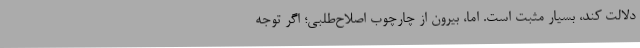
دلالت کند، بسیار مثبت است. اما، بیرون از چارچوب اصلاح‌طلبی؛ اگر توجه